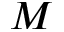
M